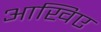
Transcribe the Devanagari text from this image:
आखिए